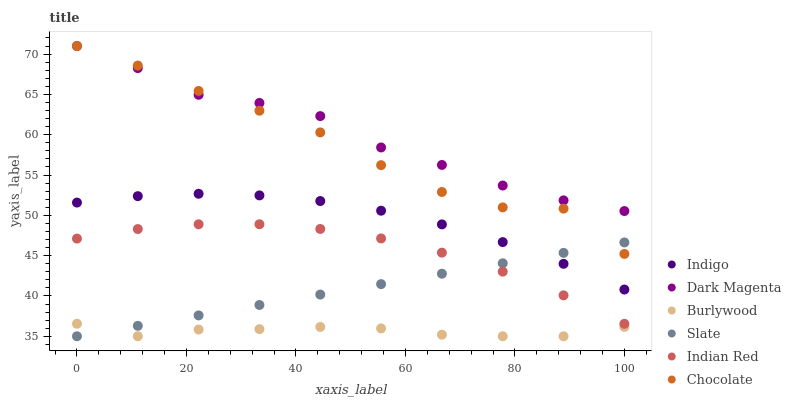
| xaxis_label | Indigo | Dark Magenta | Burlywood | Slate | Indian Red | Chocolate |
 | --- | --- | --- | --- | --- | --- | --- |
 | 0 | 51.6 | 71 | 36.6 | 35 | 47.1 | 71 |
 | 11.1 | 52.4 | 68.3 | 35 | 36.3 | 48.3 | 68.6 |
 | 22.2 | 52.7 | 64.9 | 35.8 | 37.6 | 48.9 | 65.4 |
 | 33.3 | 52.5 | 63.9 | 35.9 | 38.9 | 48.9 | 63 |
 | 44.4 | 51.8 | 62.3 | 36.2 | 40.2 | 48.3 | 60.3 |
 | 55.6 | 50.6 | 58.4 | 36 | 41.5 | 47.1 | 56.2 |
 | 66.7 | 48.9 | 56.2 | 35.2 | 42.8 | 45.4 | 52.9 |
 | 77.8 | 46.7 | 53.7 | 35 | 44.1 | 43 | 51 |
 | 88.9 | 44 | 51.9 | 35 | 45.3 | 40.1 | 50.8 |
 | 100 | 40.8 | 50.5 | 36.2 | 46.6 | 36.5 | 45.2 |